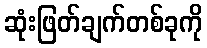
ဆုံးဖြတ်ချက်တစ်ခုကို